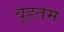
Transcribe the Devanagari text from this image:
वृहतम